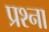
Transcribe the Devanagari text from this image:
प्रश्ना